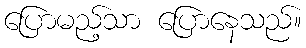
ပြောမည့်သာ ပြောနေသည်။